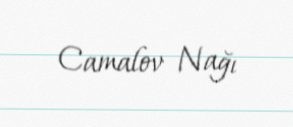
Camalov Nağı